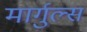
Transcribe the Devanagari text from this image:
मार्गुल्स